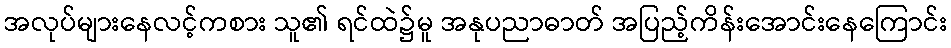
အလုပ်များနေလင့်ကစား သူ၏ ရင်ထဲ၌မူ အနုပညာဓာတ် အပြည့်ကိန်းအောင်းနေကြောင်း